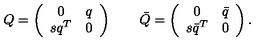
Q = \left( \begin{array} { c c } { 0 } & { q } \\ { s q ^ { T } } & { 0 } \\ \end{array} \right) \qquad \bar { Q } = \left( \begin{array} { c c } { 0 } & { \bar { q } } \\ { s \bar { q } ^ { T } } & { 0 } \\ \end{array} \right) .